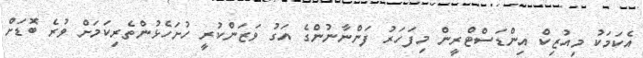
އެކަމަކު މިއުޒިކް އިންޑަސްޓްރީން މިފަހަރު ފަންނާނުންގެ އަގު ވަޒަންކުރީ ހުށަހެޅުންތެރިކަމަށް ވުރެ ބޮޑަށް